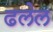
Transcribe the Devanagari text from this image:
ढलेल